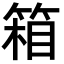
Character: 箱